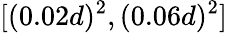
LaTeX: [(0.02d)^{2},(0.06d)^{2}]